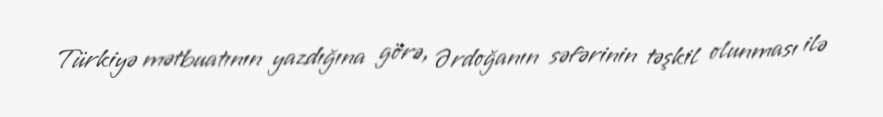
Türkiyə mətbuatının yazdığına görə, Ərdoğanın səfərinin təşkil olunması ilə